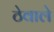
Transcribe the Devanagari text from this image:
ठेवाले